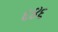
૬૪૬